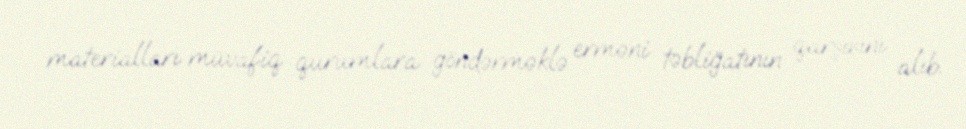
materialları müvafiq qurumlara göndərməklə erməni təbliğatının qarşısını alıb.